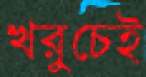
খরুচেই